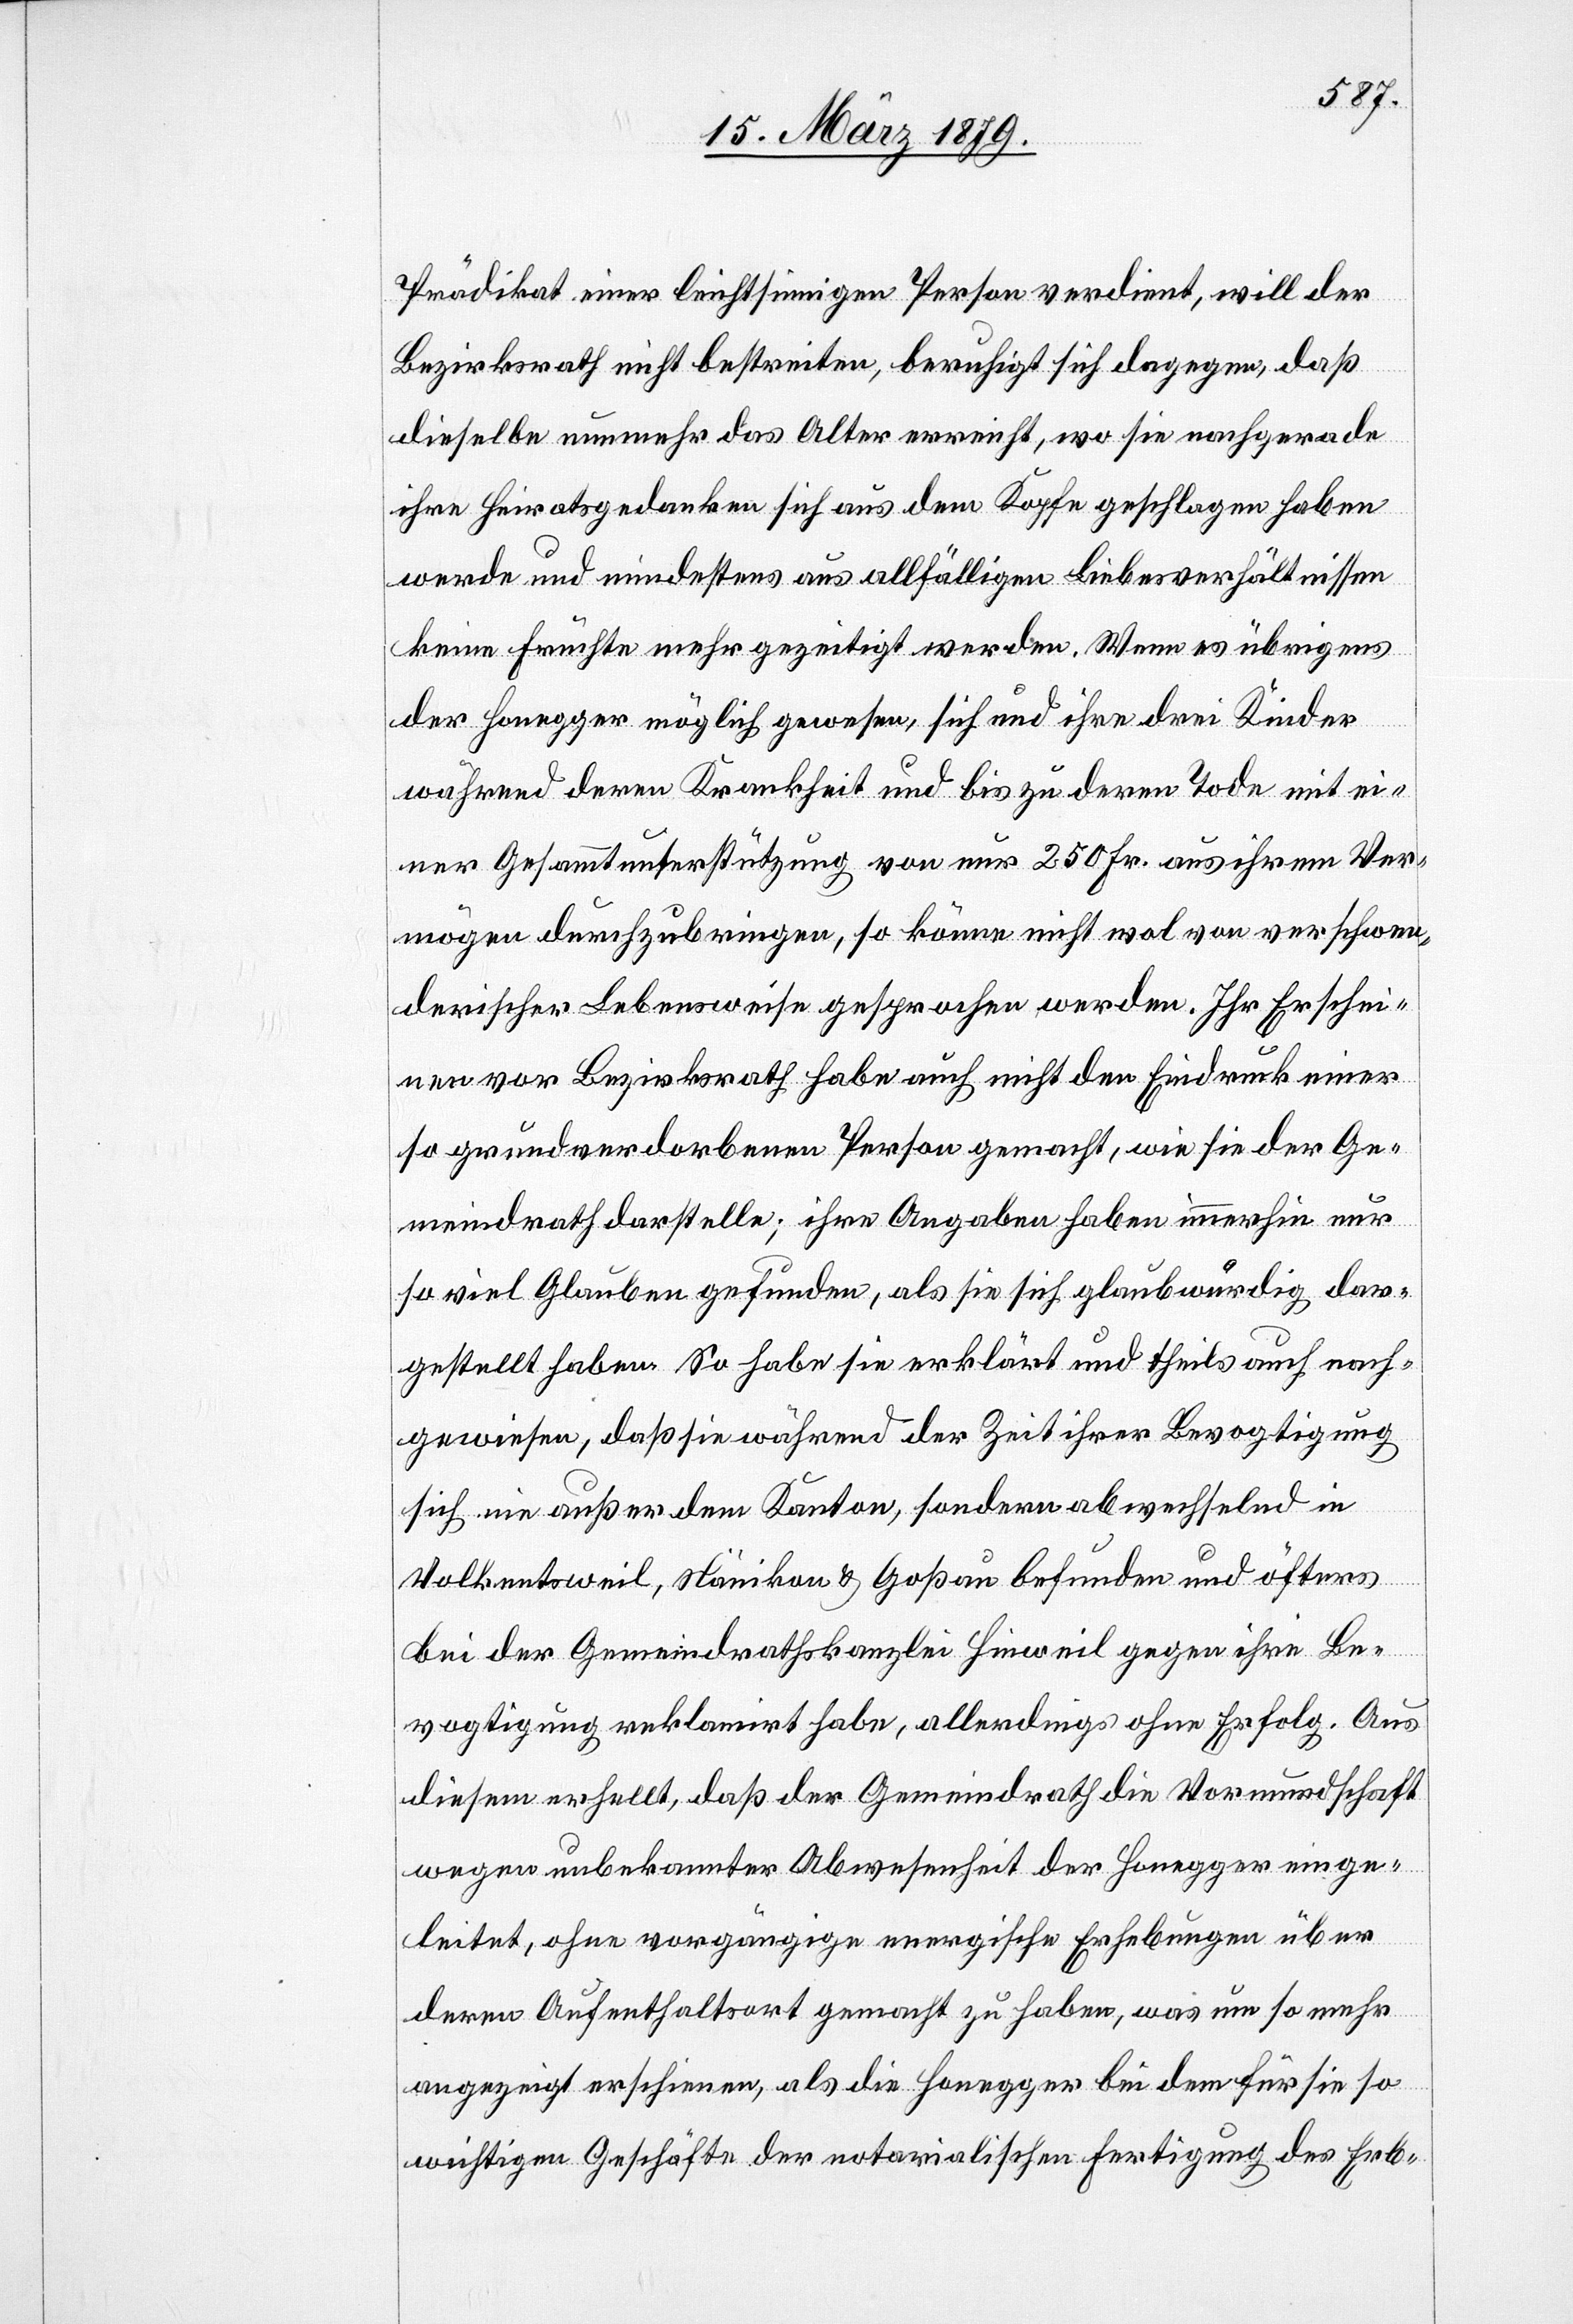
Prädikat einer leichtsinnigen Person verdient, will der
Bezirksrath nicht bestreiten, beruhigt sich dagegen, daß
dieselbe nunmehr das Alter erreicht, wo sie nachgerade
ihre Heiratsgedanken sich aus dem Kopfe geschlagen haben
werde und mindestens aus allfälligen Liebesverhältnissen
keine Früchte mehr gezeitigt werden. Wenn es übrigens
der Honegger möglich gewesen, sich und ihre drei Kinder
während deren Krankheit und bis zu deren Tode mit ei¬
ner Gesammtunterstützung von nur 250 Fr. aus ihrem Ver¬
mögen durchzubringen, so könne nicht wol von verschwen¬
derischer Lebensweise gesprochen werden. Ihr Erschei¬
nen vor Bezirksrath habe auch nicht den Eindruck einer
so grundverdorbenen Person gemacht, wie sie der Ge¬
meindrath darstelle; ihre Angaben haben immerhin nur
so viel Glauben gefunden, als sie sich glaubwürdig dar¬
gestellt haben. So habe sie erklärt und theils auch nach¬
gewiesen, daß sie während der Zeit ihrer Bevogtigung
sich nie außer dem Kanton, sondern abwechselnd in
Volkentsweil, Nänikon & Goßau befunden und öfters
bei der Gemeindrathskanzlei Hinweil gegen ihre Be¬
vogtigung reklamirt habe, allerdings ohne Erfolg. Aus
diesem erhellt, daß der Gemeindrath die Vormundschaft
wegen unbekannter Abwesenheit der Honegger einge¬
leitet, ohne vorgängige energische Erhebungen über
deren Aufenthaltsort gemacht zu haben, was um so mehr
angezeigt erschienen, als die Honegger bei dem für sie so
wichtigen Geschäfte der notarialischen Fertigung des Erb-